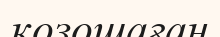
қозошаған